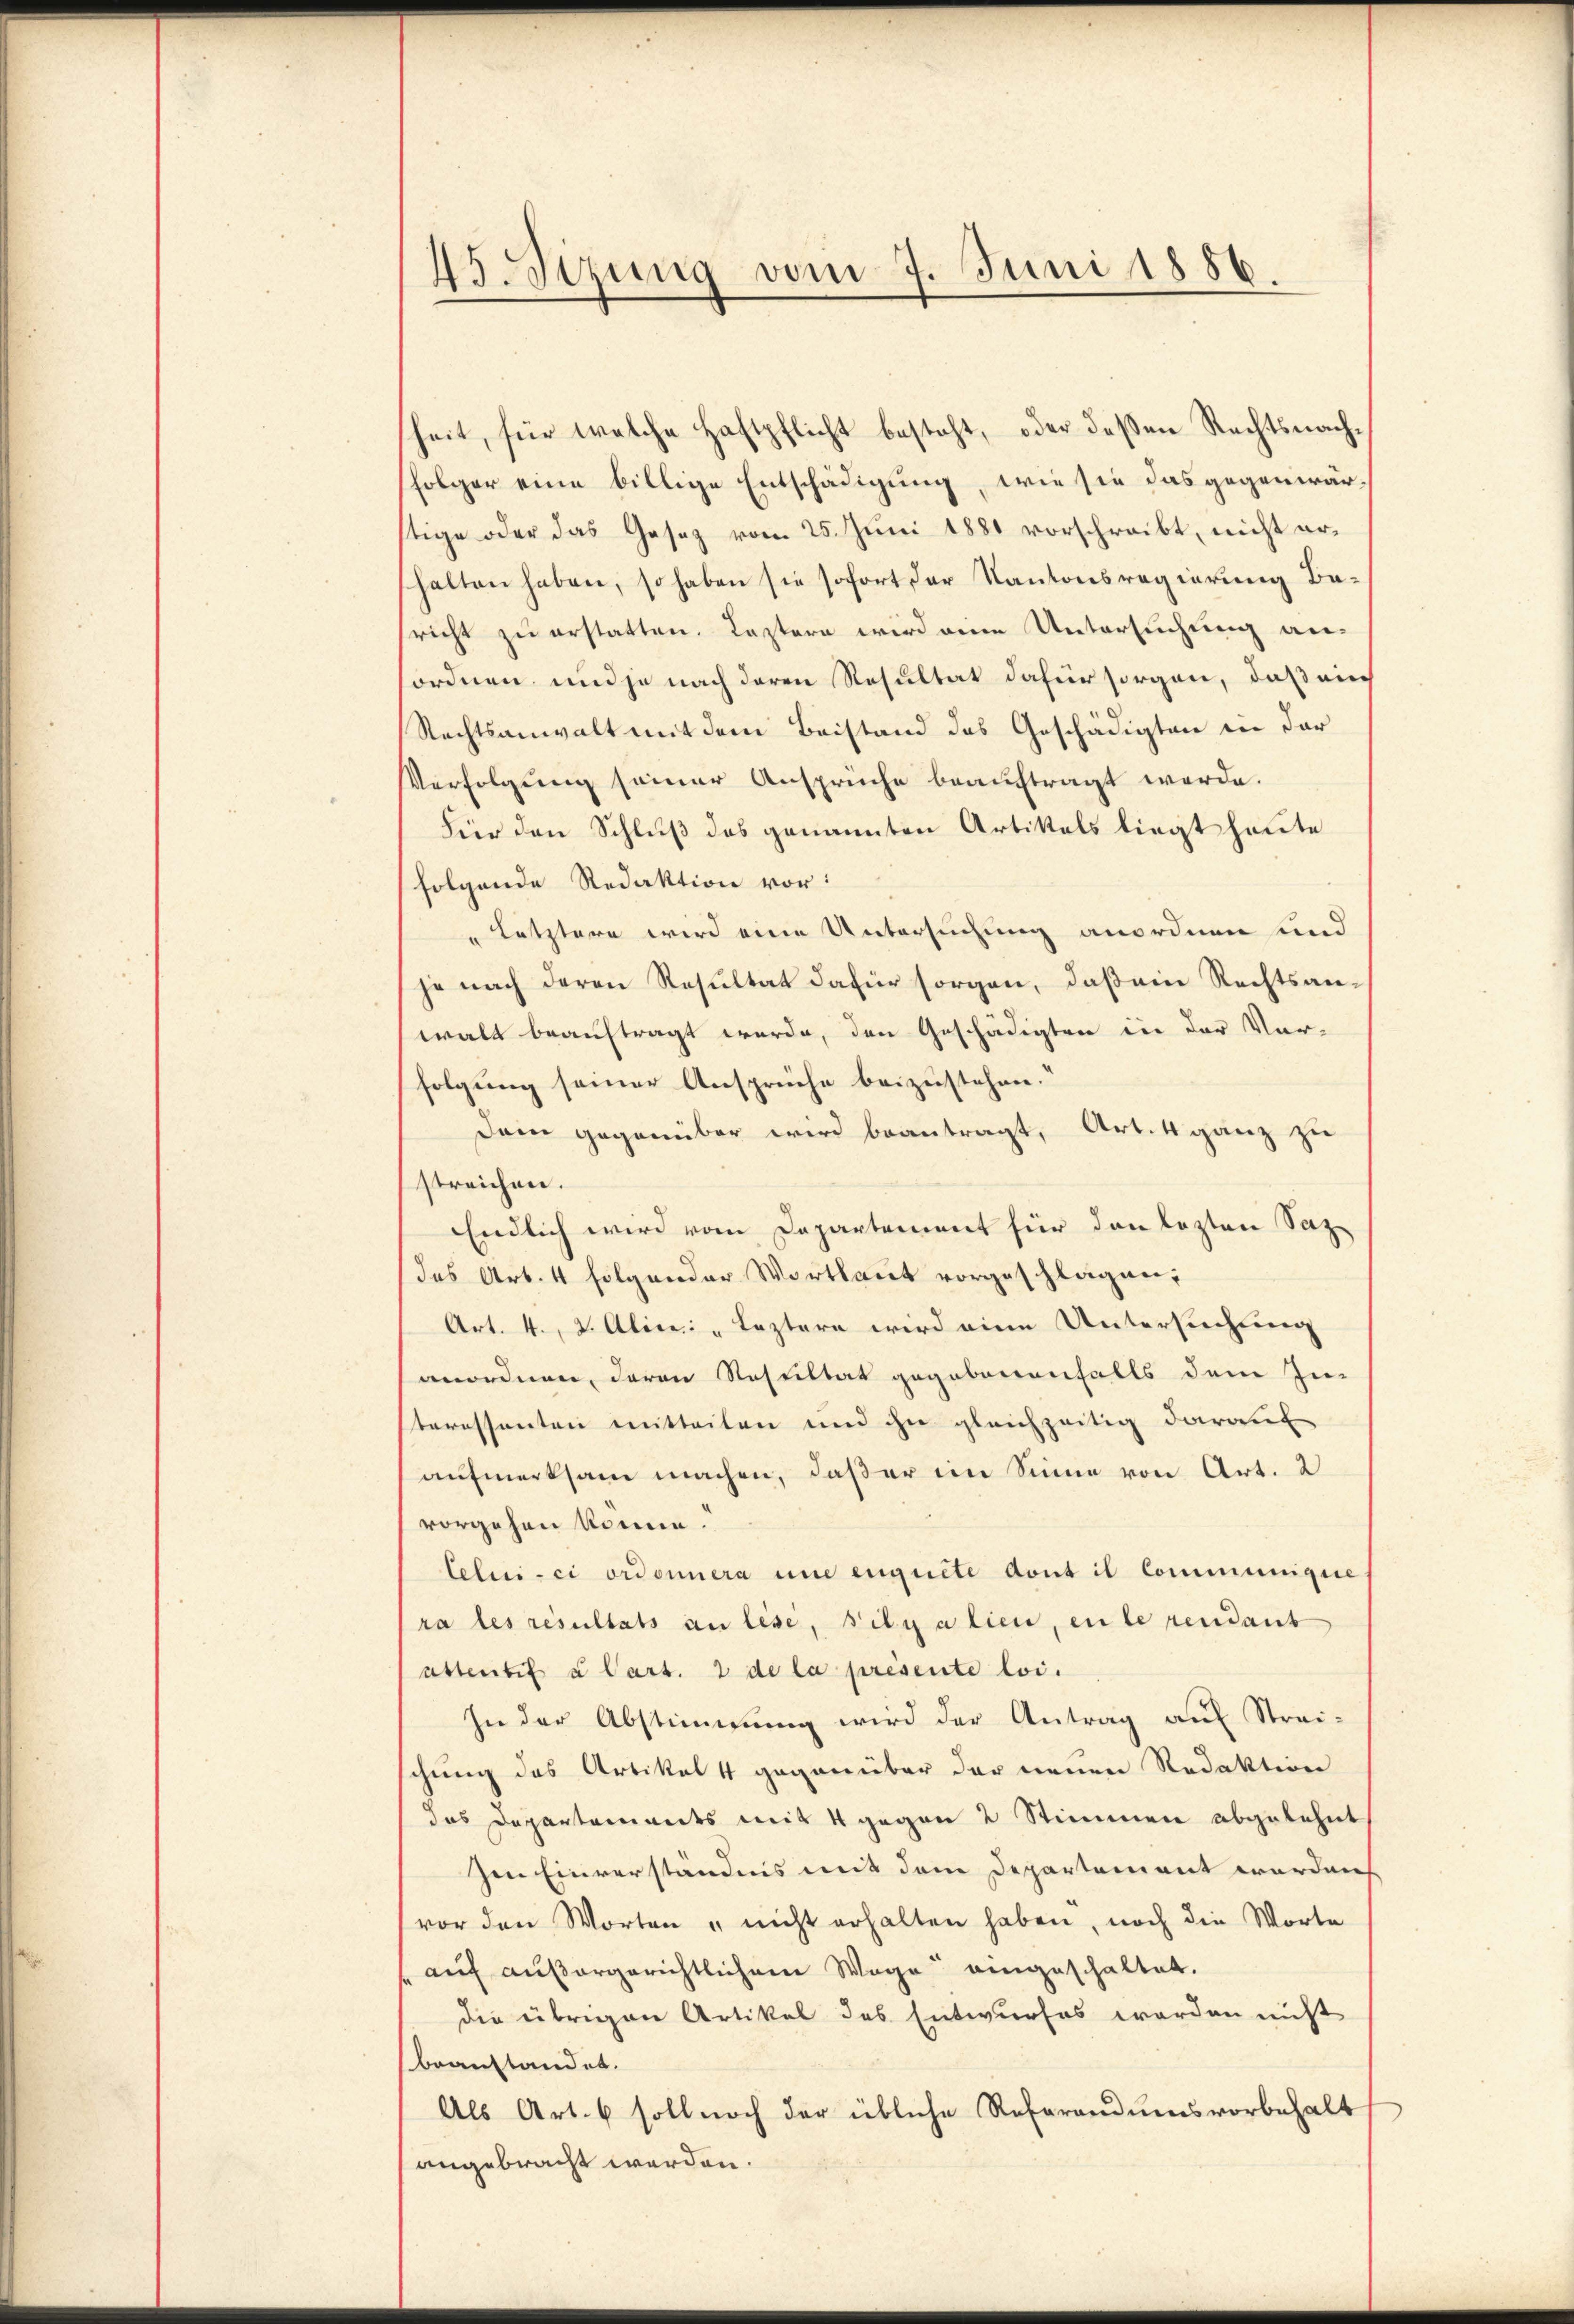
45. Sizung vom 7. Juni 1886.

heit, für welche Haftpflicht besteht, oder deßen Rechtsnach¬
(folger eine billige Entschädigung, wie sie das gegenwärtige oder das Gesez vom 25. Juni 1881 vorschreibt, nicht erhalten haben, so haben sie sofort der Kantonsregierung Baricht zu erstatten. Leztere wird eine Untersuchung anordnen und je nach deren Resultat dafür sorgen, daß ein
Rechtsanwalt mit dem Beistand des Geschädigten in der
Verfolgung seiner Ansprüche beauftragt werde.
Für den Schluß des genannten Artikels liegt heute
folgende Redaktion vor:
" Letztere wird eine Untersuchung anordnen und
je nach deren Resultat dafür sorgen, daß ein Rechtsanwalt beauftragt werde, den Geschädigten in der Vor-
folgung seiner Ansprüche beizustehen.“
Dem gegenüber wird beantragt, Art. 4 ganz zu
streichen.
Endlich wird vom Departement für den lezten Satz-
des Art. 4 folgender Wortlaut vorgeschlagen,
Art. 4., 2. Alice " Leztern wird eine Untersuchung
anordnen, deren Resultat gegebenenfalls dem In-
teressanten mitteilen und ihn gleichzeitig darauf
aufmerksam machen, daß er im Sinne von Art. 2
vorgehen könne.
Celui-ci ordonnera und eignete dont il communigire
ra les resultats an lese, Filialien, en le rendant
attentif u Cart. 2 de la presente loi.
In der Abstimmung wird der Antrag auf Strei-
schung des Artikel 4 gegenüber der neuen Redaktion
das Departements mit 4 gegen 2 Stimmen abgelehnt
Jene Einverständnis mit dem Departement werden
vor den Worten " nicht erhalten haben, noch die Worte
auf außergerichtlichem Wege eingeschaltet.
die übrigen Artikel des Entwurfes worden nicht
beanstandet.
Als Art. 6 soll noch der übliche Referandumsvorbehalt
angebracht werden.